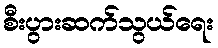
စီးပွားဆက်သွယ်ရေး